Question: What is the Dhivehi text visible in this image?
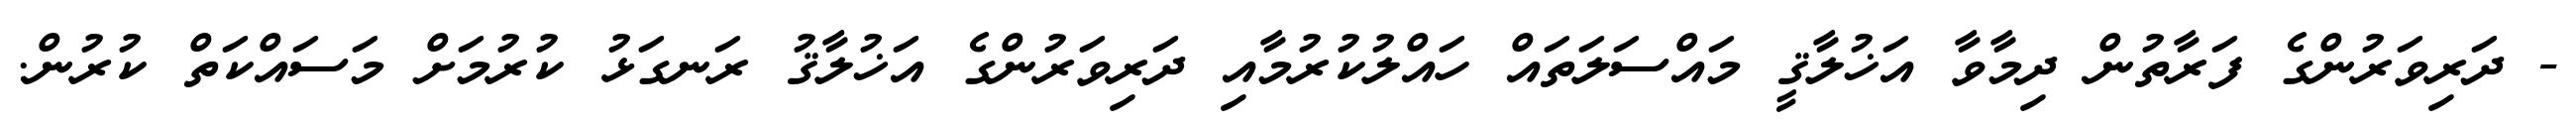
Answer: - ދަރިވަރުންގެ ފަރާތުން ދިމާވާ އަޚުލާޤީ މައްސަލަތައް ހައްލުކުރުމާއި ދަރިވަރުންގެ އަޚުލާޤު ރަނގަޅު ކުރުމަށް މަސައްކަތް ކުރުން.